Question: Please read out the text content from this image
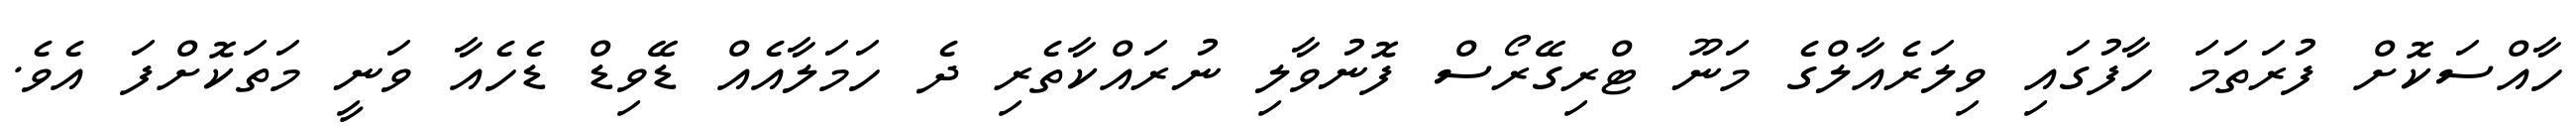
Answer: ހާއްސަކޮށް ފުރަތަމަ ހާފުގައި ވިލަރެއާލްގެ މަނޫ ޓްރިގޭރޯސް ފޮނުވާލި ނުރައްކާތެރި ދެ ހަމަލާއެއް ޑޭވިޑް ޑެހެއާ ވަނީ މަތަކޮށްފަ އެވެ.